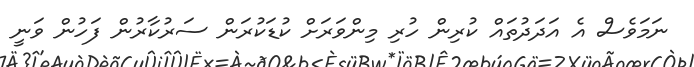
ނަމަވެސް އެ އަދަދުތައް ކުރިން ހުރި މިންވަރަށް ކުޑަކުރަން ސަރުކާރުން ފަހުން ވަނީ